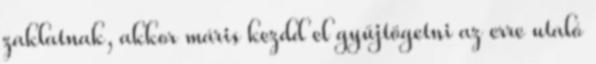
zaklatnak, akkor máris kezdd el gyűjtögetni az erre utaló